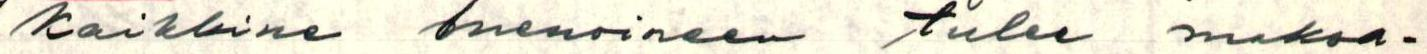
kaikkine menoineen tulee maksa-